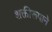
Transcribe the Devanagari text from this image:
शक्तीरूपाने